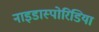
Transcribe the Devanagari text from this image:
नाइडास्पोरिडिया